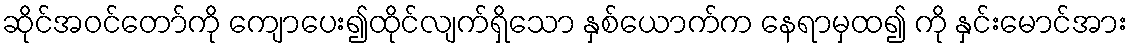
ဆိုင်အဝင်တော်ကို ကျောပေး၍ထိုင်လျက်ရှိသော နှစ်ယောက်က နေရာမှထ၍ ကို နှင်းမောင်အား